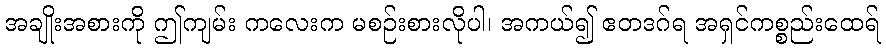
အချိုးအစားကို ဤကျမ်း ကလေးက မစဉ်းစားလိုပါ၊ အကယ်၍ ဧတဒဂ်ရ အရှင်ကစ္စည်းထေရ်